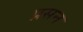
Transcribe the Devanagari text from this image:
प्रसन